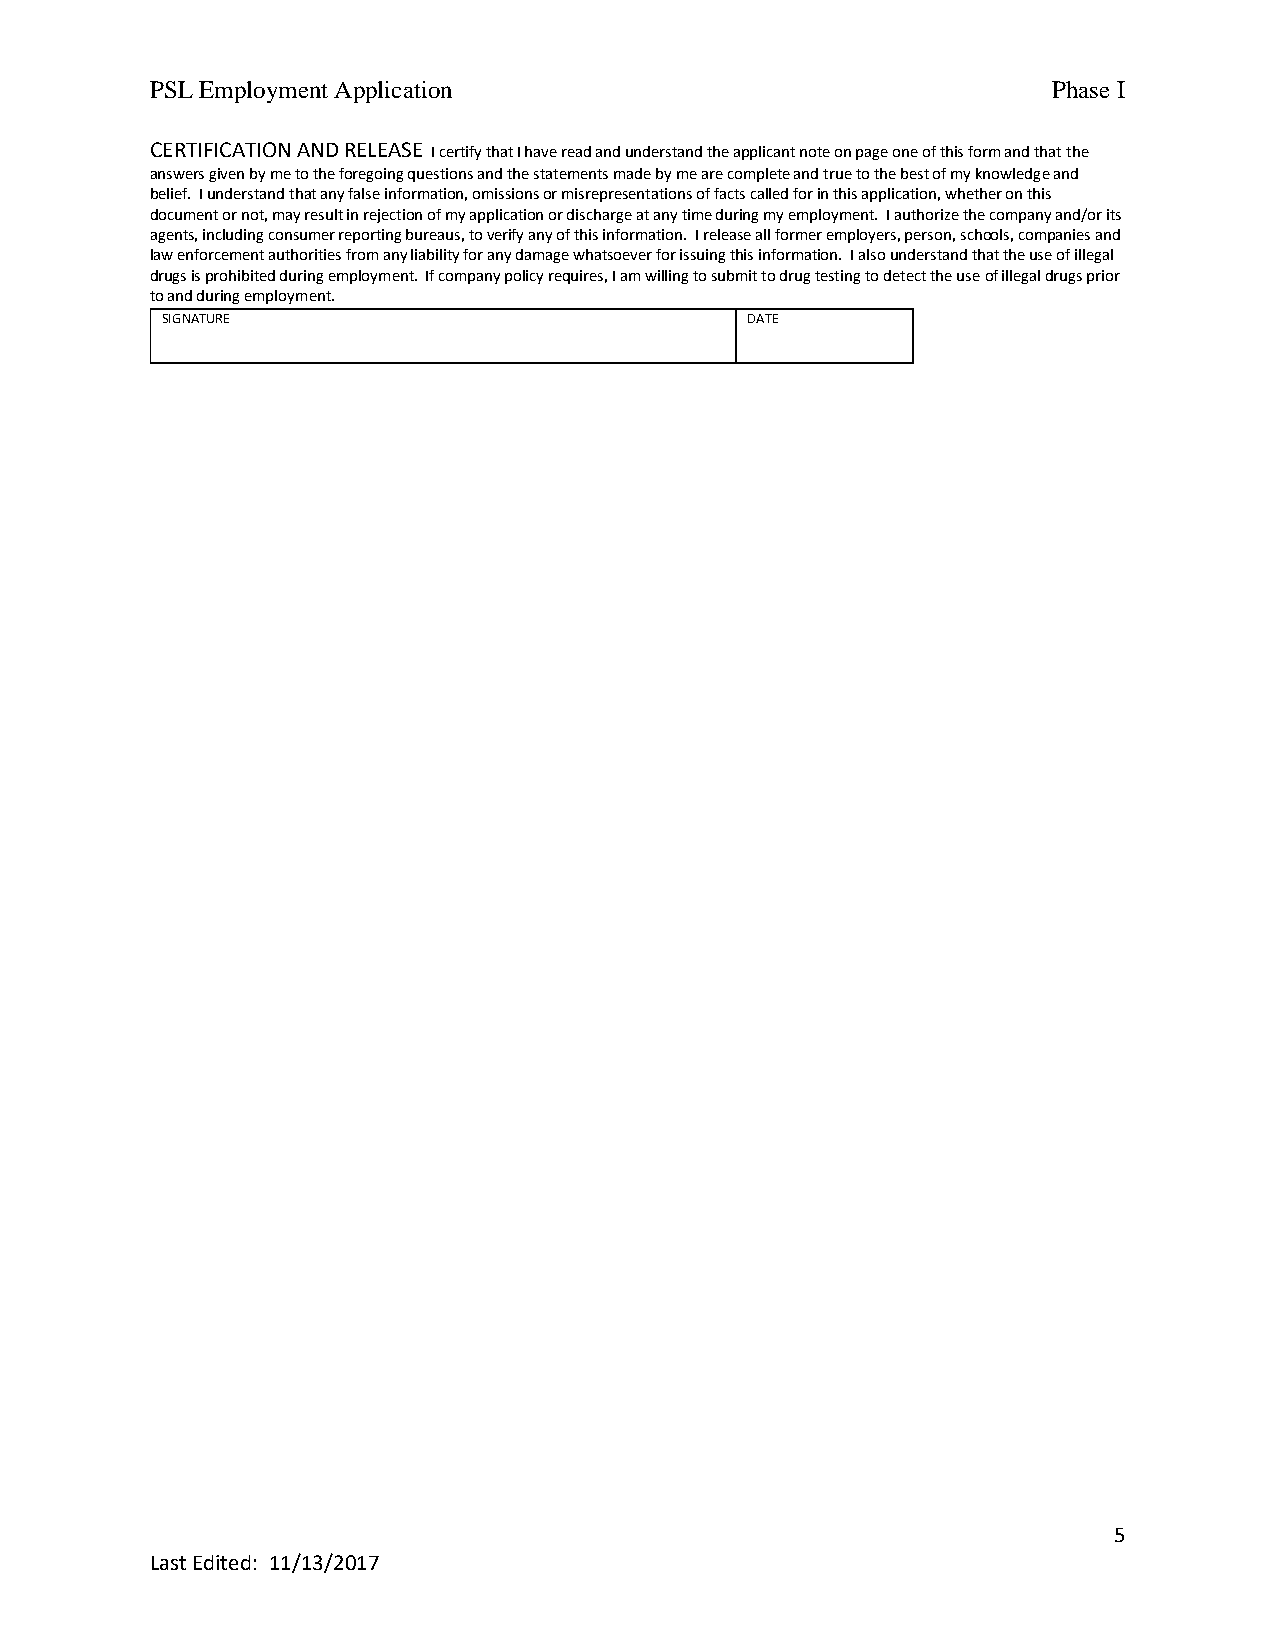
PSL Employment Application                                  Phase I
 CERTIFICATION AND RELEASE I certify that I have read and understand the applicant note on page one of this form and that the
 answers given by me to the foregoing questions and the statements made by me are complete and true to the best of my knowledge and
 belief. I understand that any false information, omissions or misrepresentations of facts called for in this application, whether on this
 document or not, may result in rejection of my application or discharge at any time during my employment. I authorize the company and/or its
 agents, including consumer reporting bureaus, to verify any of this information. I release all former employers, person, schools, companies and
 law enforcement authorities from any liability for any damage whatsoever for issuing this information. I also understand that the use of illegal
 drugs is prohibited during employment. If company policy requires, I am willing to submit to drug testing to detect the use of illegal drugs prior
 to and during employment.
 SIGNATURE                             DATE
 5
 Last Edited: 11/13/2017